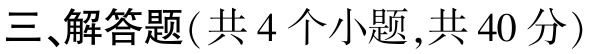
三、解答题(共 4 个小题,共 40 分)